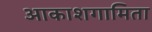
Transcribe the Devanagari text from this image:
आकाशगामिता